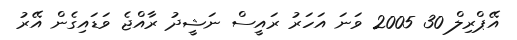
އޭޕްރިލް 30 2005 ވަނަ އަހަރު ރައީސް ނަޝީދު ރާއްޖެ ވަޑައިގެން އޭރު